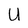
Character: U